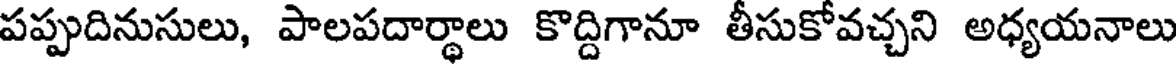
పప్పుదినుసులు, పాలపదార్థాలు కొద్దిగానూ తీసుకోవచ్చని అధ్యయనాలు